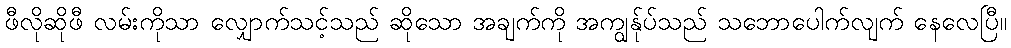
ဖီလိုဆိုဖီ လမ်းကိုသာ လျှောက်သင့်သည် ဆိုသော အချက်ကို အကျွန်ုပ်သည် သဘောပေါက်လျက် နေလေပြီ။